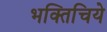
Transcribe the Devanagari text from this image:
भक्तिचिये